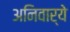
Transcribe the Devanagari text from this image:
अनिवार्ये